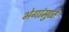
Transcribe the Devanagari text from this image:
भेगांमुळे